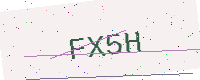
Text: FX5H